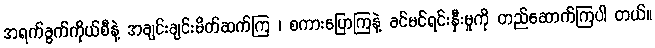
အရက်ခွက်ကိုယ်စီနဲ့ အချင်းချင်းမိတ်ဆက်ကြ ၊ စကားပြောကြနဲ့ ခင်မင်ရင်းနှီးမှုကို တည်ဆောက်ကြပါ တယ်။